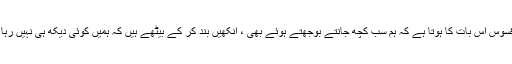
افسوس اس بات کا ہوتا ہے کہ ہم سب کچھ جانتے بوجھتے ہوئے بھی ، آنکھیں بند کر کے بیٹھے ہیں کہ ہمیں کوئی دیکھ ہی نہیں رہا ۔